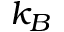
k _ { B }